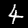
Digit: 4